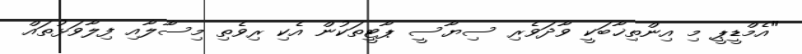
"އެމްޑީޕީ މި އިންތިޚާބަކީ ވާދަވެރި ސިޔާސީ ޕާޓީތަކުން އެކި ރިވެތި މިސާލާއި ފިލާވަޅުތައް